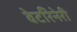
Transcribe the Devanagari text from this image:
वेटरिनेरी